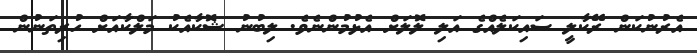
އެރުނުކަން ރޭކާލީ ސައިކަލެއްގެ އަލި ލޮލަށް އެޅުމުންނެވެ. ލިބުނު ޝޮކާއެކު މަލްކާއަށް ހުރިތަނުން